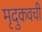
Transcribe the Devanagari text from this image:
मृदुकवची